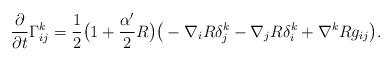
LaTeX: \begin{align*}\frac{\partial}{\partial t}\Gamma^k_{ij}=\frac{1}{2}\big(1+\frac{\alpha'}{2}R\big)\big(-\nabla_iR\delta^k_j-\nabla_jR\delta^k_i+\nabla^kRg_{ij}\big).\end{align*}